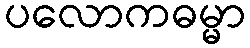
ပလောကဓမ္မာ